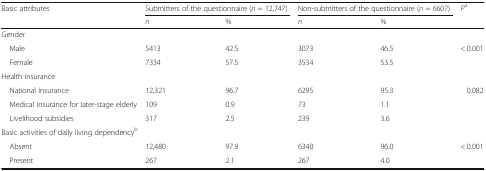
| <ROWSPAN=2> Basic attributes | <COLSPAN=2> Submitters of the questionnaire (n = 12,747) | <COLSPAN=2> Non-submitters of the questionnaire (n = 6607) | <ROWSPAN=2> Pa |
 | n | % | n | % |
 | --- | --- | --- | --- | --- | --- |
 | <COLSPAN=6> Gender |
 | Male | 5413 | 42.5 | 3073 | 46.5 | < 0.001 |
 | Female | 7334 | 57.5 | 3534 | 53.5 |  |
 | <COLSPAN=6> Health insurance |
 | National Insurance | 12,321 | 96.7 | 6295 | 95.3 | 0.082 |
 | Medical insurance for later-stage elderly | 109 | 0.9 | 73 | 1.1 |  |
 | Livelihood subsidies | 317 | 2.5 | 239 | 3.6 |  |
 | <COLSPAN=6> Basic activities of daily living dependencyb |
 | Absent | 12,480 | 97.9 | 6340 | 96.0 | < 0.001 |
 | Present | 267 | 2.1 | 267 | 4.0 |  |